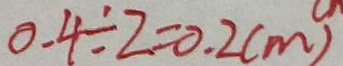
0 . 4 \div 2 = 0 . 2 ( m )